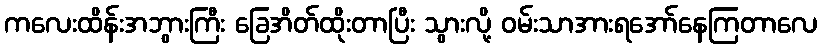
ကလေးထိန်းအဘွားကြီး ခြေအိတ်ထိုးတာပြီး သွားလို့ ဝမ်းသာအားရအော်နေကြတာလေ